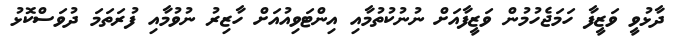
ދާޅުވީ ވަޒީފާ ހަމަޖެހުމުން ވަޒީފާއަށް ނުނުކުތުމާއި އިންޓަވިއުއަށް ހާޒިރު ނުވުމާއި ފުރަތަމަ ދުވަސްކޮޅު